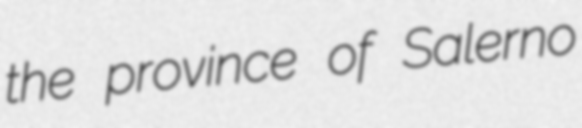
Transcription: the province of Salerno